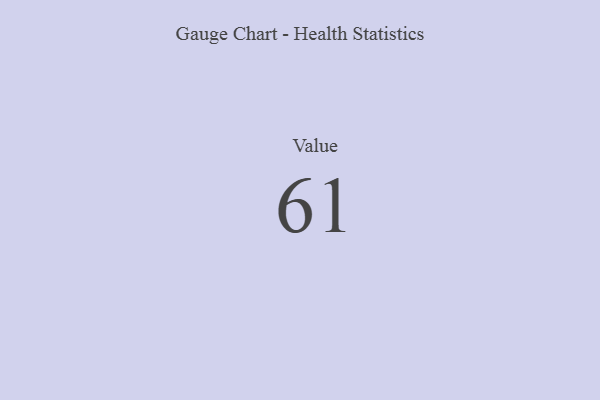
{"axis": {"x": "Metric", "y": "Value"}, "legend": [""], "data": [{"x": "Value", "y": 61, "type": ""}]}